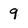
Character: 9